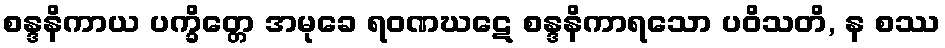
စန္ဒနိကာယ ပက္ခိတ္တေ အမုခေ ရဝဏဃဋေ စန္ဒနိကာရသော ပဝိသတိ, န စဿ